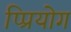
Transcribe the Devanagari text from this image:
प्प्रियोग